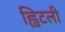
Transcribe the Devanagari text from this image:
ह्विटली